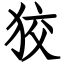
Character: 狡